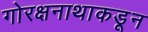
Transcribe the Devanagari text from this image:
गोरक्षनाथाकडून